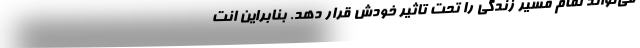
می‌تواند تمام مسیر زندگی را تحت تاثیر خودش قرار دهد. بنابراین انت